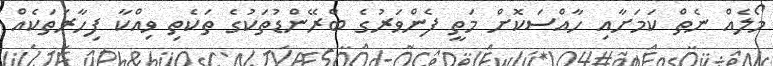
މޯލެއް ނެތް ކަމަށާއި ހާއްސަކޮށް މަތީ ފެންވަރުގެ ބްރޭންޑުތަކުގެ ތަކެތި ވިއްކާ ފިހާރަތަކެއް